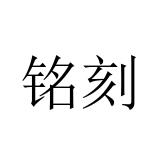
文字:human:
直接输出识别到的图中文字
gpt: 铭刻